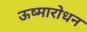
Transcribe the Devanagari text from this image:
ऊष्मारोधन